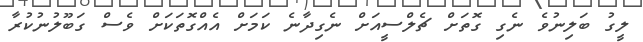
ލީގު ބަލިނުވެ ނެގި ގޮތަށް ޗެލްސީއަށް ނެގިދާނެ ކަމަށް އެއްގޮތަކަށް ވެސް ގަބޫލުނުކުރާ